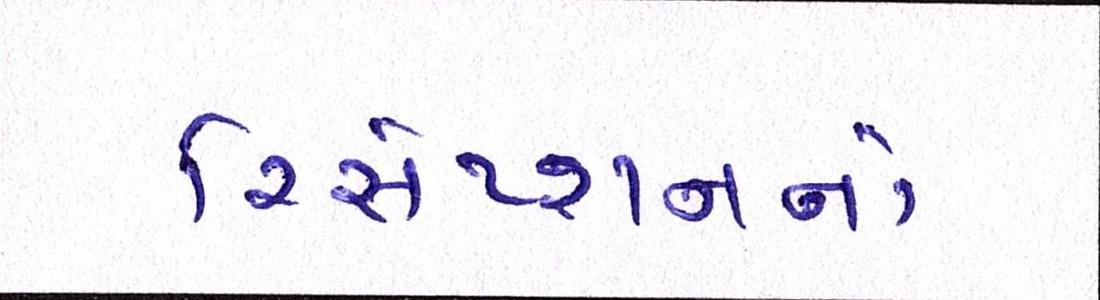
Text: રિસેપ્શનનો